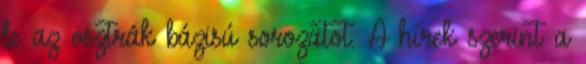
le az osztrák bázisú sorozatot. A hírek szerint a